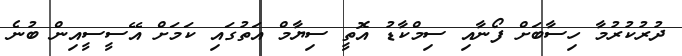
ދުރުކުރުމާ ހިސާބަށް ފޯނާއި ސިމްކާޑު އޮތީ ސިޔާމް އަތުގައި ކަމަށް އޭސީސީއިން ބުނެ